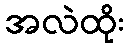
အလဲထိုး